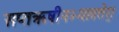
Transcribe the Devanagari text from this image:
सप्तऋषीनभ्यावतेर्।